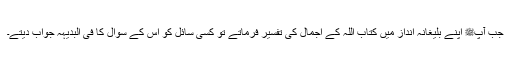
جب آپﷺ اپنے بلیغانہ انداز میں کتاب اللہ کے اجمال کی تفسیر فرماتے تو کسی سائل کو اس کے سوال کا فی البدیہہ جواب دیتے۔